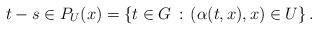
LaTeX: \begin{align*}t-s \in P_U(x)=\{ t \in G \,:\, (\alpha(t,x), x) \in U \} \,.\end{align*}